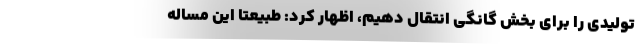
تولیدی را برای بخش گانگی انتقال دهیم، اظهار کرد: طبیعتا این مساله